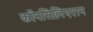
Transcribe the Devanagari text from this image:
कॉनसिलिएशन